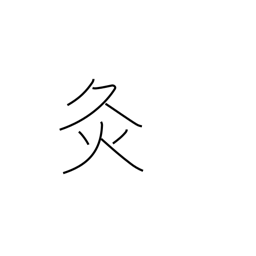
Meaning: chastisement